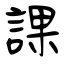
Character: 課